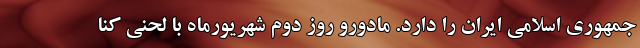
جمهوری اسلامی ایران را دارد. مادورو روز دوم شهریورماه با لحنی کنا